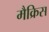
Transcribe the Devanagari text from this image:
मैक्रिस